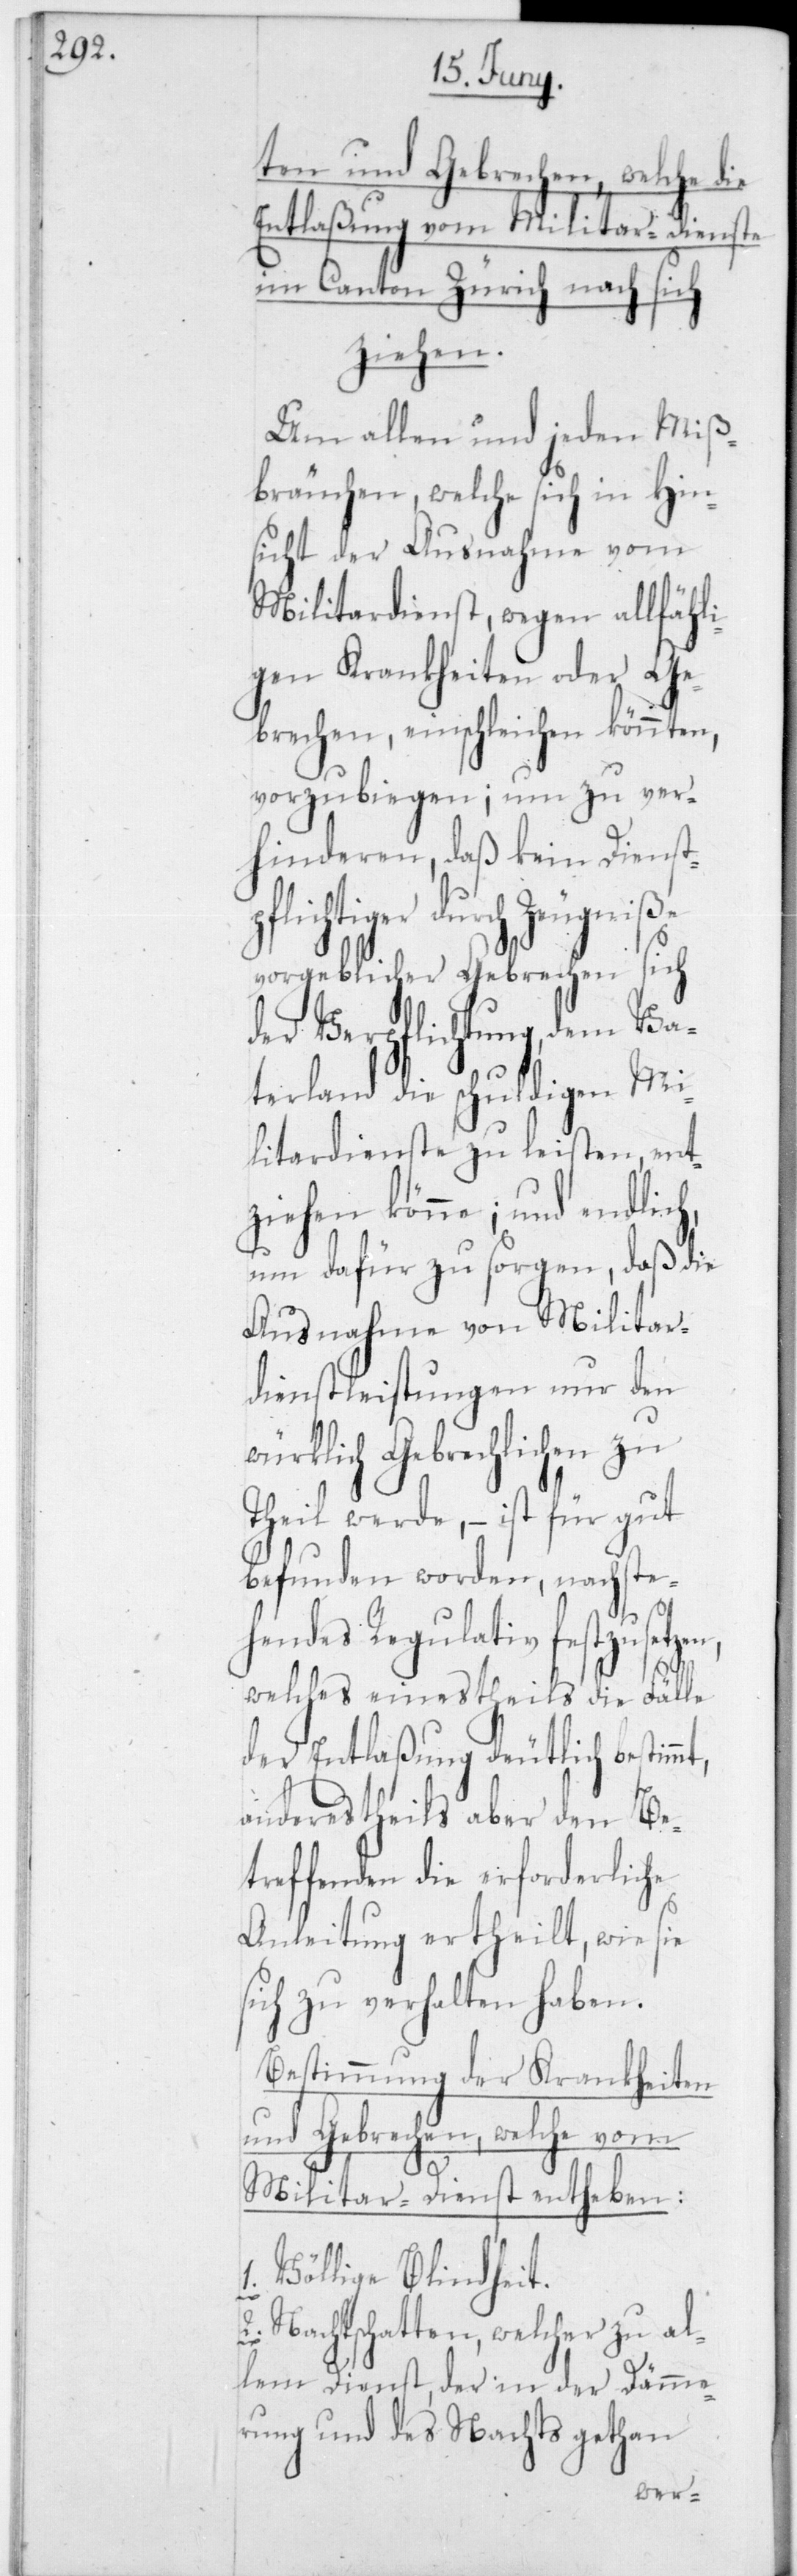
ten und Gebrechen, welche die
Entlaßung vom Militar-Dienste
im Canton Zürich nach sich
ziehen.
Um allen und jeden Miß¬
bräuchen, welche sich in Hin¬
sicht der Ausnahme vom
Militardienst, wegen allfähli¬
gen Krankheiten oder Ge¬
brechen, einschleichen könnten,
vorzubiegen; um zu ver¬
hinderen, daß kein Dienst¬
flichtiger durch Zeugniße
vorgeblicher Gebrechen sich
der Verpflichtung, dem Va¬
terland die schuldigen Mi¬
litardienste zu leisten ent¬
ziehen könne; und endlich,
um dafür zu sorgen, daß die
Ausnahme von Militar¬
dienstleistungen nur den
würklich Gebrechlichen zu¬
theil werde, – ist für gut
befunden worden, nachsteh¬
endes Regulativ festzusetz¬
welches einestheils die Fälle
der Entlaßung deutlich bestim¬
anderestheils aber den Be¬
treffenden die erforderliche
Anleitung ertheilt, wie sie
sich zu verhalten haben.
Bestimmung der Krankheiten
und Gebrechen, welche vom
Militar-Dienst entheben:
1. Völlige Blindheit.
mt,
2. Nachtschatten, welcher zu al¬
lem Dienst, der in der Dämme¬
rung und des Nachts gethan